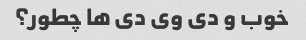
خوب و دی وی دی ها چطور؟